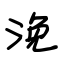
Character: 浼